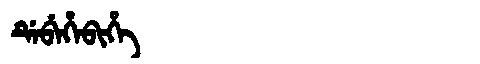
Manchu: ᡩᡝᠪᡝᡥᡝᠪᡳᡥᡝ
Romanization: DEBEHEBIHE